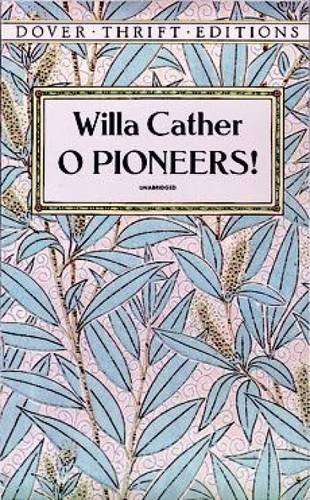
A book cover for O Pioneers! (Dover Thrift Editions); Willa Cather; Literature & Fiction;